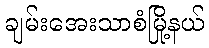
ချမ်းအေးသာစံမြို့နယ်